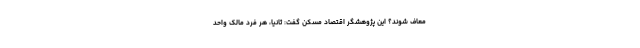
معاف شوند؟ این پژوهشگر اقتصاد مسکن گفت: ثانیاً، هر فردِ مالکِ واحدِ